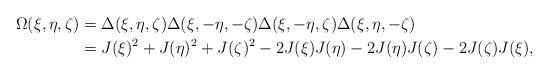
LaTeX: \begin{align*}\Omega(\xi,\eta,\zeta) &= \Delta(\xi,\eta,\zeta)\Delta(\xi,-\eta,-\zeta)\Delta(\xi,-\eta,\zeta)\Delta(\xi,\eta,-\zeta)\\&= J(\xi)^2 + J(\eta)^2 + J(\zeta)^2 - 2J(\xi)J(\eta) - 2J(\eta)J(\zeta) - 2J(\zeta)J(\xi),\end{align*}